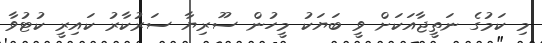
މި ކަމުގެ ނަތީޖާއަކަށް ވީ ބަޔަކު މީހުން ސޫރިޔާ ސަރުކާރު ކައިރީ ކުޓުވާ